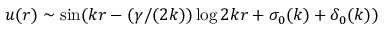
u ( r ) \sim \sin ( k r - ( \gamma / ( 2 k ) ) \log 2 k r + \sigma _ { 0 } ( k ) + \delta _ { 0 } ( k ) )